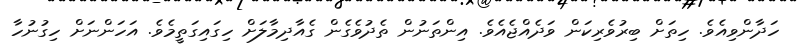
ހަދާންވިއެވެ. ހިތަށް ބިރުވެރިކަން ވަދެއްޖެއެވެ. އިންތަނުން ތެދުވެގެން ގެއާދިމާލަށް ހިގައިގަތީމެވެ. އަހަންނަށް ހިގުނުހާ